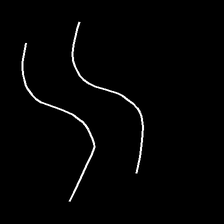
Glyph: float